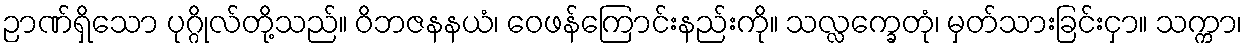
ဉာဏ်ရှိသော ပုဂ္ဂိုလ်တို့သည်။ ဝိဘဇနနယံ၊ ဝေဖန်ကြောင်းနည်းကို။ သလ္လက္ခေတုံ၊ မှတ်သားခြင်းငှာ။ သက္ကာ၊